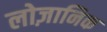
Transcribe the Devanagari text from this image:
लोज़ानिक